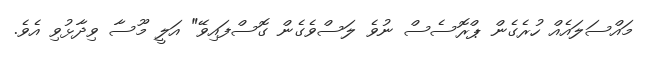
މައްސަލައެއް ހުރެގެން ޕްރޮސެސް ނުވެ ލަސްވެގެން ގޮސްފައިވޭ" އަލީ މޫސާ ވިދާޅުވި އެވެ.